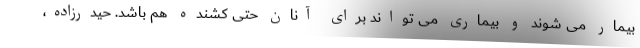
بیمار می شوند و بیماری می تواند برای آنان حتی کشنده هم باشد. حیدرزاده،